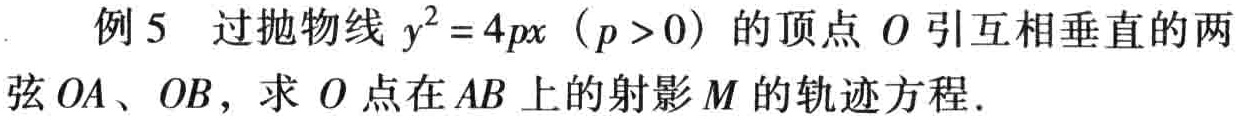
例5 过抛物线 \(y^{2}=4px\)（\(p > 0\)）的顶点 \(O\) 引互相垂直的两弦 \(OA\)、\(OB\)，求 \(O\) 点在 \(AB\) 上的射影 \(M\) 的轨迹方程.